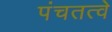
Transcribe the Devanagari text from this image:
पंचतत्वे